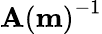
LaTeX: {\mathbf{A}(\mathbf{m})}^{-1}